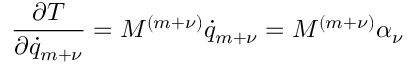
\frac { \partial T } { \partial { \dot { q } } _ { m + \nu } } = M ^ { ( m + \nu ) } { \dot { q } } _ { m + \nu } = M ^ { ( m + \nu ) } \alpha _ { \nu }